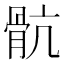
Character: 骯